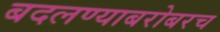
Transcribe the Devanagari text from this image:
बदलण्याबरोबरच